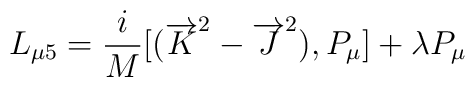
L_{\mu 5} = \frac{i}{M} [({\overrightarrow{K}}^2 -{\overrightarrow {J}}^2 ), P_{\mu}] +\lambda P_{\mu}